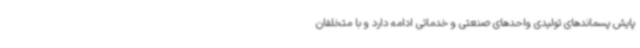
پایش پسماندهای تولیدی واحدهای صنعتی و خدماتی ادامه دارد و با متخلفان